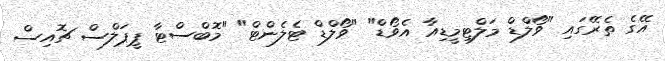
އޭގެ ތެރޭގައި "ވޯލްޑް މަލްޓިމީޑިއާ އެވޯޑް" "ވޯލްޑް ޓެލެންޓް" "މޮބްސްޓާ ޕީޕަލްސް ޗޮއިސް